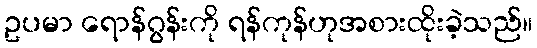
ဥပမာ ရောန်ဂွန်းကို ရန်ကုန်ဟုအစားထိုးခဲ့သည်။